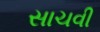
સાચવી